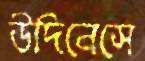
উদিনেসে